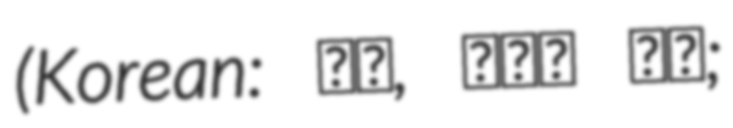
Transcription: (Korean: 달콤, 살벌한 연인;